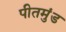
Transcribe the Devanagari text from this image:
पीतमुंड